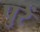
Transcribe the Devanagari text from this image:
पुरें